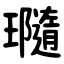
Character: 瓍